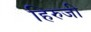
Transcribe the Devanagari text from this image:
हिरुजी